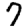
Digit: 7